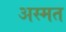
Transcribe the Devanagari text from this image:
अस्मत